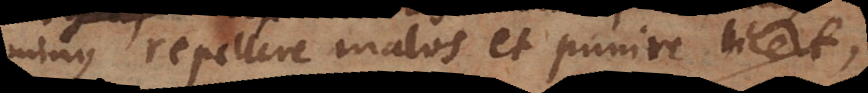
minus repellere malos et punire licet,